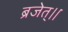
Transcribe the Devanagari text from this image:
ब्रजेत्।।